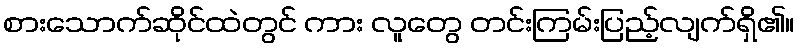
စားသောက်ဆိုင်ထဲတွင် ကား လူတွေ တင်းကြမ်းပြည့်လျက်ရှိ၏။